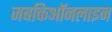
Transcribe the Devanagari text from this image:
जबकिऑनलाइन